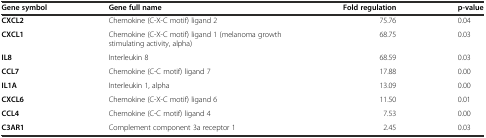
| Gene symbol | Gene full name | Fold regulation | p-value |
 | --- | --- | --- | --- |
 | CXCL2 | Chemokine (C-X-C motif) ligand 2 | 75.76 | 0.04 |
 | CXCL1 | Chemokine (C-X-C motif) ligand 1 (melanoma growth stimulating activity, alpha) | 68.75 | 0.03 |
 | IL8 | Interleukin 8 | 68.59 | 0.03 |
 | CCL7 | Chemokine (C-C motif) ligand 7 | 17.88 | 0.00 |
 | IL1A | Interleukin 1, alpha | 13.09 | 0.00 |
 | CXCL6 | Chemokine (C-X-C motif) ligand 6 | 11.50 | 0.01 |
 | CCL4 | Chemokine (C-C motif) ligand 4 | 7.53 | 0.00 |
 | C3AR1 | Complement component 3a receptor 1 | 2.45 | 0.03 |